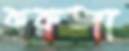
করুঙ্গা